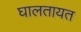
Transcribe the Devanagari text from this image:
घालतायत